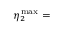
\eta _ { 2 } ^ { \operatorname* { m a x } } =